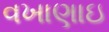
વખાણાઇ